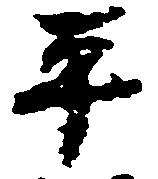
平